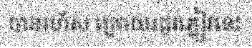
បានរហ័ស ក្រោយរដូវភ្លៀវនេះ